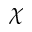
{ \boldsymbol \chi }